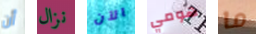
أن نزال الآن هومي ما